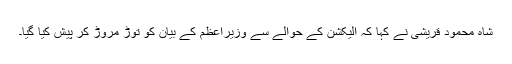
شاہ محمود قریشی نے کہا کہ الیکشن کے حوالے سے وزیراعظم کے بیان کو توڑ مروڑ کر پیش کیا گیا۔